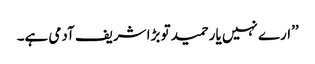
’’ارے نہیں یار حمید تو بڑا شریف آدمی ہے۔